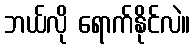
ဘယ်လို ရောက်နိုင်လဲ။